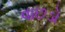
વાછડો